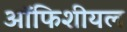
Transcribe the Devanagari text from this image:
ऑफिशीयल